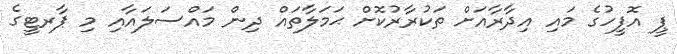
ޕީ އޮފީހުގެ މައި އިދާރާއަށް ތަކުރާރުކޮށް ޙަމަލާތައް ދިން މައްސަލައާއި މި ޕާރޓީގެ